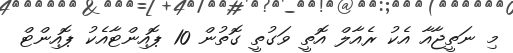
މި ނަތީޖާއާ އެކު ރެއާލް އޮތީ ވަގުތީ ގޮތުން 10 ޕޮއިންޓާއެކު ޕޮއިންޓް